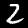
Digit: 2